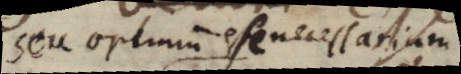
seu optimum esse necessarium